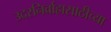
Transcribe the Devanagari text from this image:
उदरनिर्वाहासाठीच्या